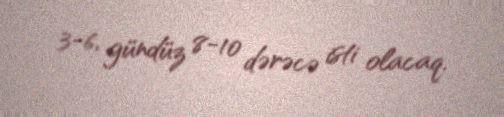
3-6, gündüz 8-10 dərəcə isti olacaq.